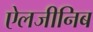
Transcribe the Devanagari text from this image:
ऐलजीनिब